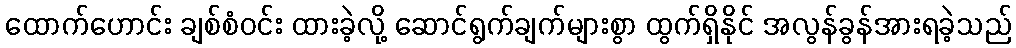
ထောက်ဟောင်း ချစ်စံဝင်း ထားခဲ့လို့ ဆောင်ရွက်ချက်များစွာ ထွက်ရှိနိုင် အလွန်ခွန်အားရခဲ့သည်